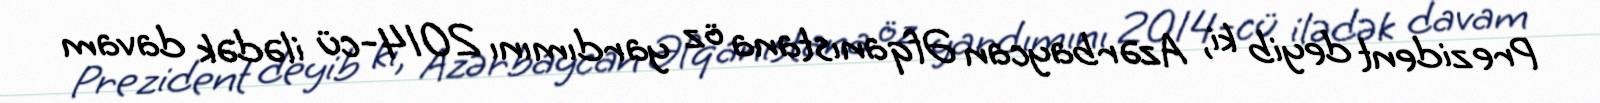
Prezident deyib ki, Azərbaycan Əfqanıstana öz yardımını 2014-cü ilədək davam